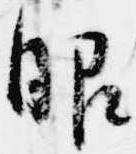
眼